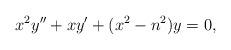
LaTeX: \begin{align*} x^2y''+xy'+(x^2-n^2)y=0,\end{align*}